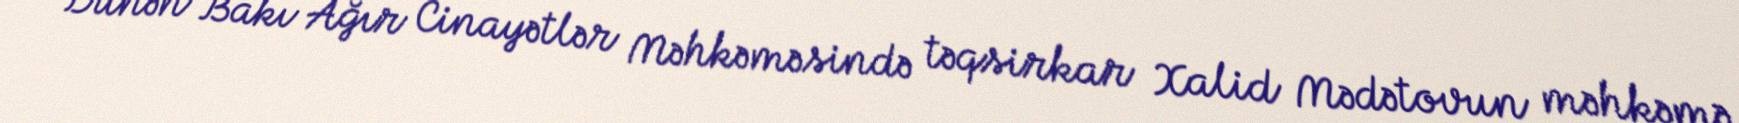
Dünən Bakı Ağır Cinayətlər Məhkəməsində təqsirkar Xalid Mədətovun məhkəmə